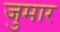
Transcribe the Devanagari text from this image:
जुमार